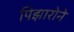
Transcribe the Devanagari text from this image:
पिझारोने